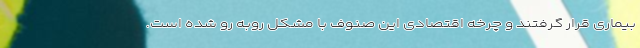
بیمارى قرار گرفتند و چرخه اقتصادى این صنوف با مشکل روبه رو شده است.